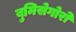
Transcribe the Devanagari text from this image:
बुमिसेगोरो